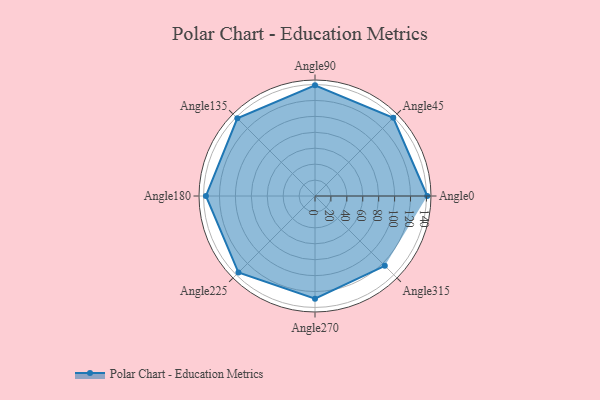
{"axis": {"x": "Angle", "y": "Radius"}, "legend": [""], "data": [{"x": "Angle0", "y": 141.0, "type": ""}, {"x": "Angle45", "y": 139.0, "type": ""}, {"x": "Angle90", "y": 139.0, "type": ""}, {"x": "Angle135", "y": 138.0, "type": ""}, {"x": "Angle180", "y": 137.0, "type": ""}, {"x": "Angle225", "y": 136.0, "type": ""}, {"x": "Angle270", "y": 129.0, "type": ""}, {"x": "Angle315", "y": 124.0, "type": ""}]}